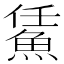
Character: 𩷀